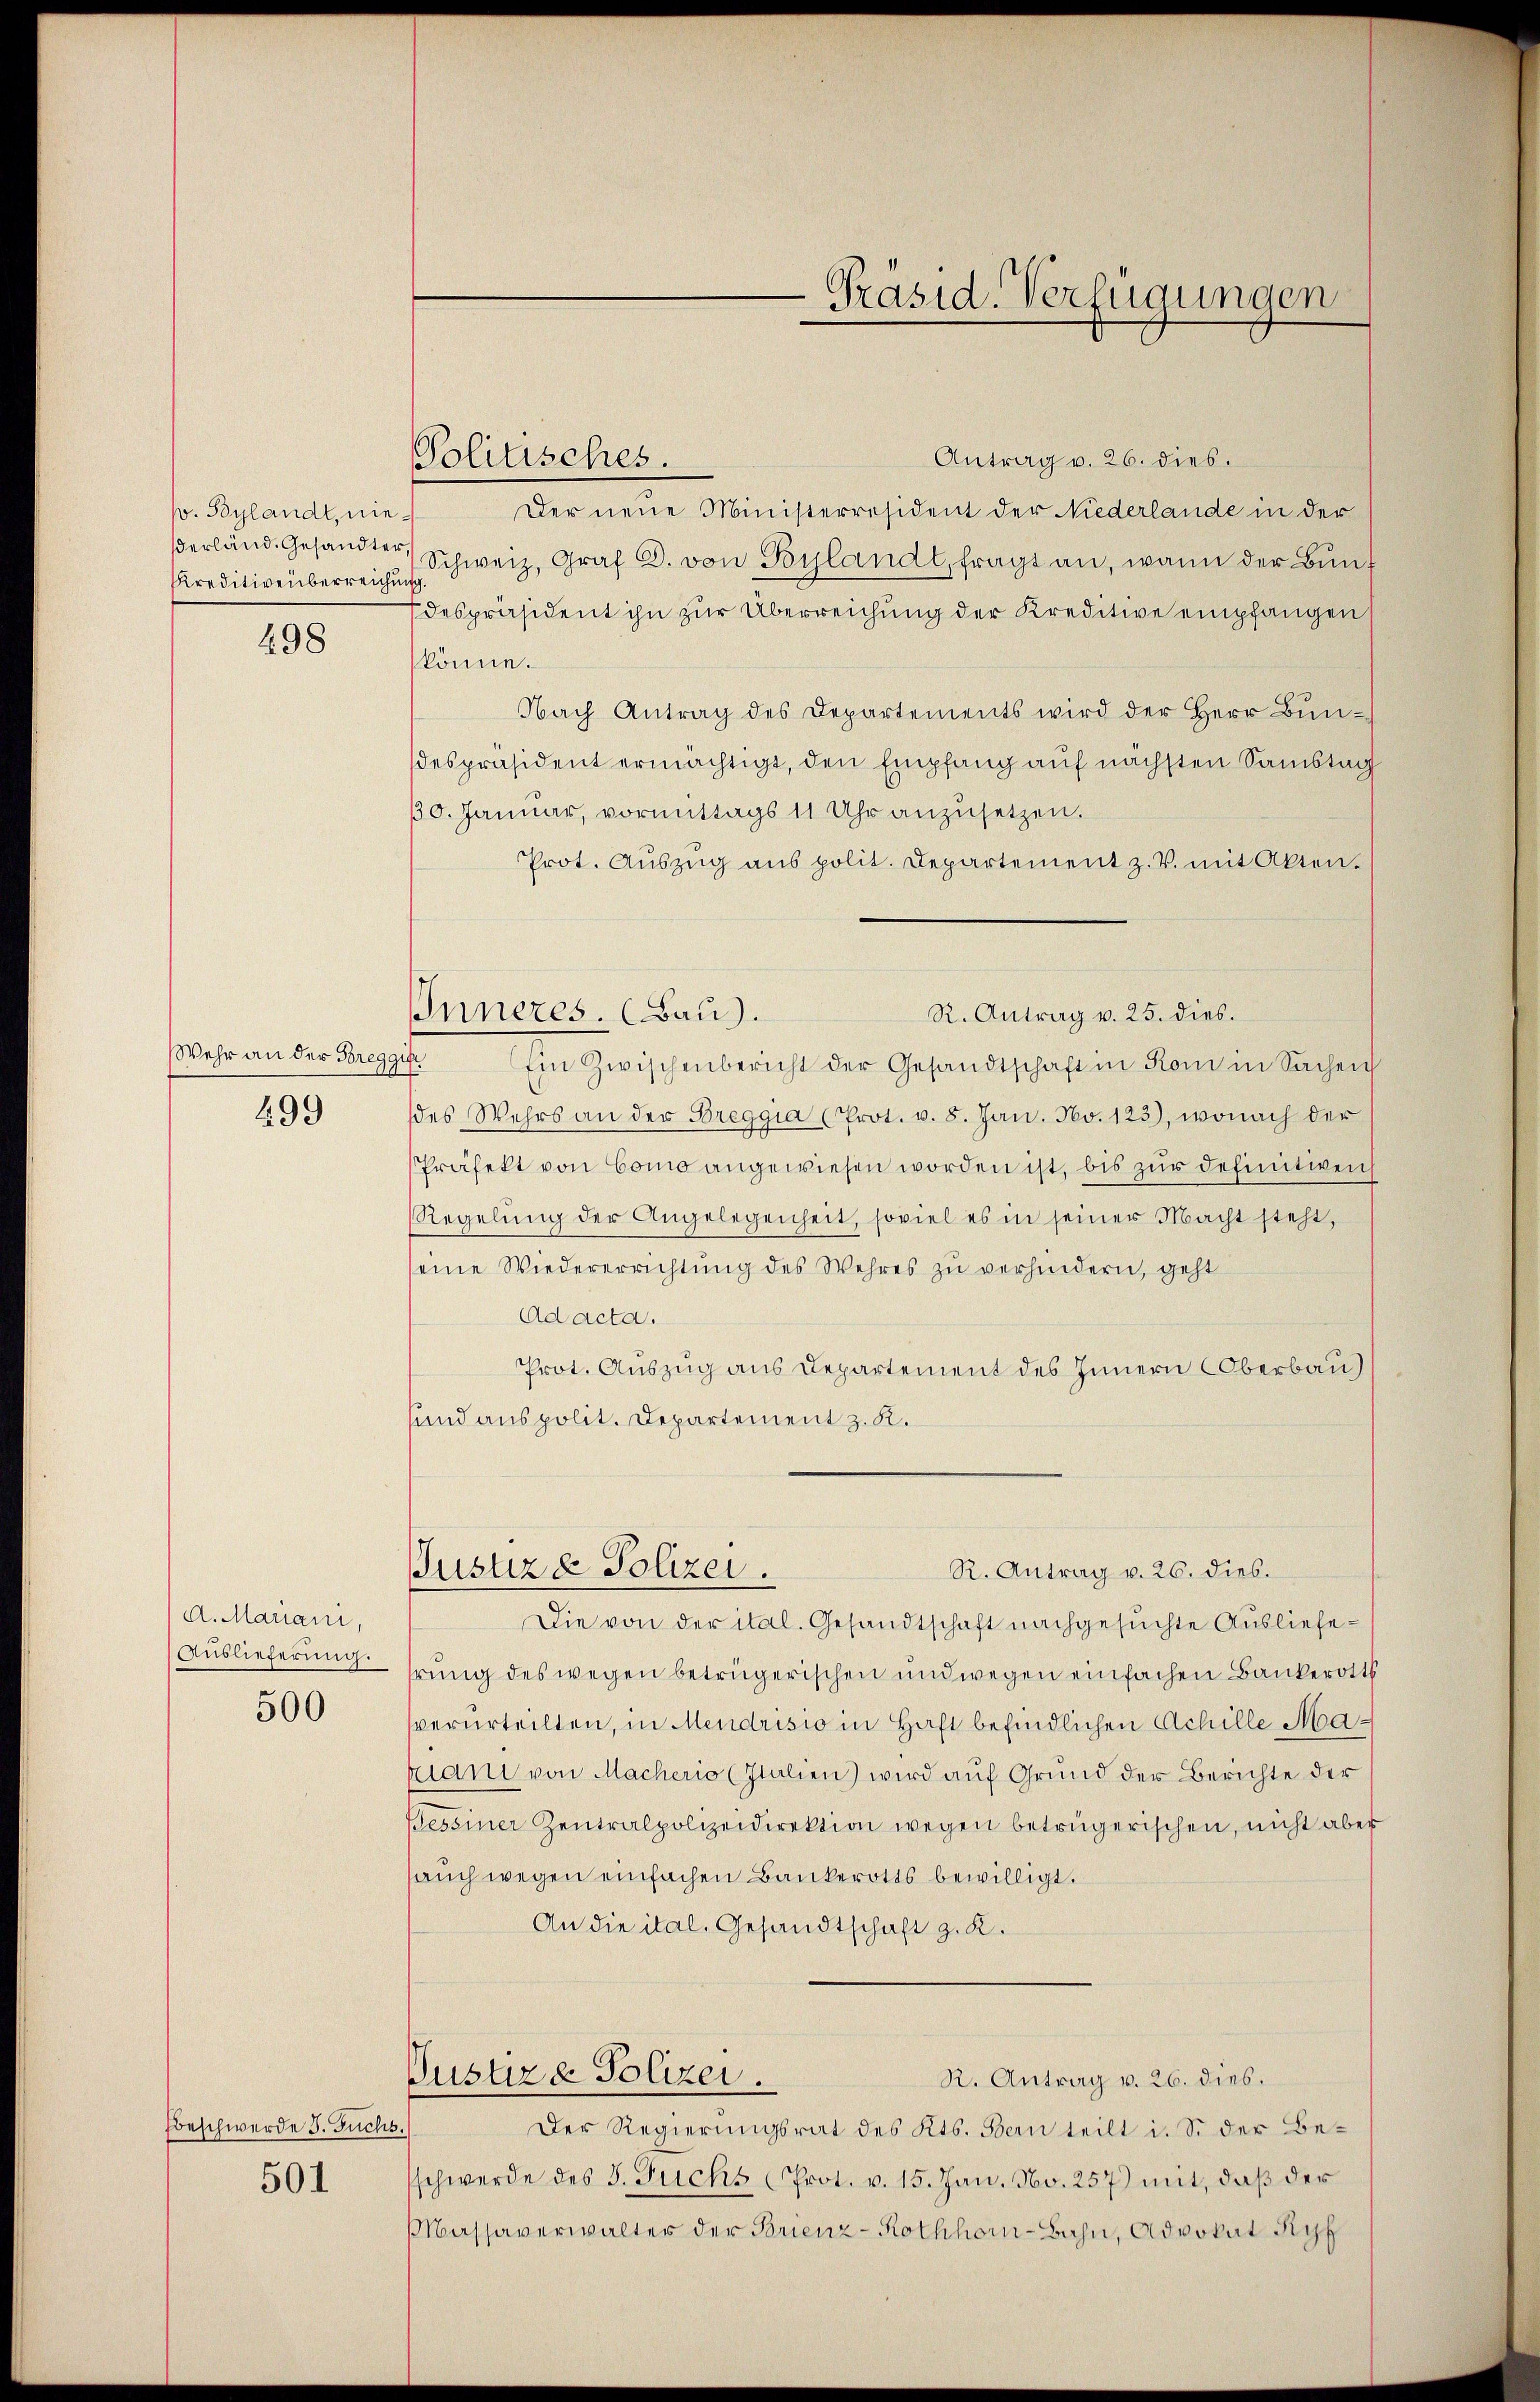
p. Beylandt, nieerländ. Gesandter,
Kreditivenberreichun

498

Wehr an der Breggi
499

A. Mariani,
Auslieferung.

500

Beschwerde J. Fuchs.

501

Politisches.

Antrag v. 26. dies.
Der neue Ministerresident der Niederlande in der
Schweiz. Graf C. von Goslandt, fragt an, wann der Bundespräsident ihn zur Überreichung der Kreditive empfangen
könne.
Nach Antrag des Departements wird der Herr Bun-
despräsident ermächtigt, den Empfang auf nächsten Samstag
10. Januar, vormittags 11 Uhr anzŭsetzen.
Prot. Auszug aus polit. Departement z. B. mit Akten.
IInneres. (Bau).
f
Ein Zwischenbericht der Gesandtschaft in Rom in Sachen
des Wehrs an der Breggia (Prot. v. 8. Jan. No. 123), wonach der
Präfekt von Como angewiesen worden ist, bis zur definitivenh
Regelŭng der Angelegenheit, soviel es in seiner Macht steht,
seine Wiedererrichtŭng des Wehres zŭ verhindern, geht
Ad acta.
Prot. Auszug aus Departement des Innern Oberbau
und aus polit. Departement z. K.
Justiz & Polizei.
R. Antrag v. 26. dies.
Die von der ital. Gesandtschaft nachgesuchte Ausliefehrung des wegen betrügerischen und wegen einfachen Bankerotts
verurteilten, in Mendrisio in Haft befindlichen Achille Maani von Macherio (Italien) wird auf Grund der Berichte der
Bessiner Zentralpolizeidirektion wegen betrügerischen, nicht aber
auch wegen einfachen Bankerotts bewilligt.
An die ital. Gesandtschaft z. K.
Justiz & Polizei.
R. Antrag v. 26. dies.
Der Regierungsrat des Kts. Bern teilt i. S. der Beschwerde des 3. Juchs Prot. v. 15. Jan. No. 257) mit, daß der
Massaverwalter der Brienz-Rothhor-Bahn, Advokat Ryf

Präsid. Verfügungen

R. Antrag v. 25. dies.